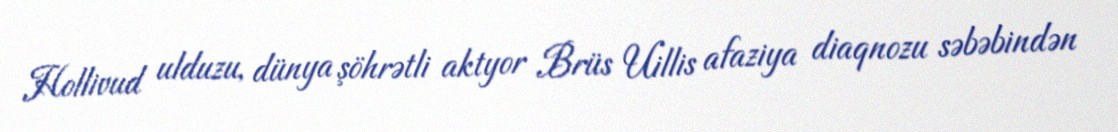
Hollivud ulduzu, dünya şöhrətli aktyor Brüs Uillis afaziya diaqnozu səbəbindən